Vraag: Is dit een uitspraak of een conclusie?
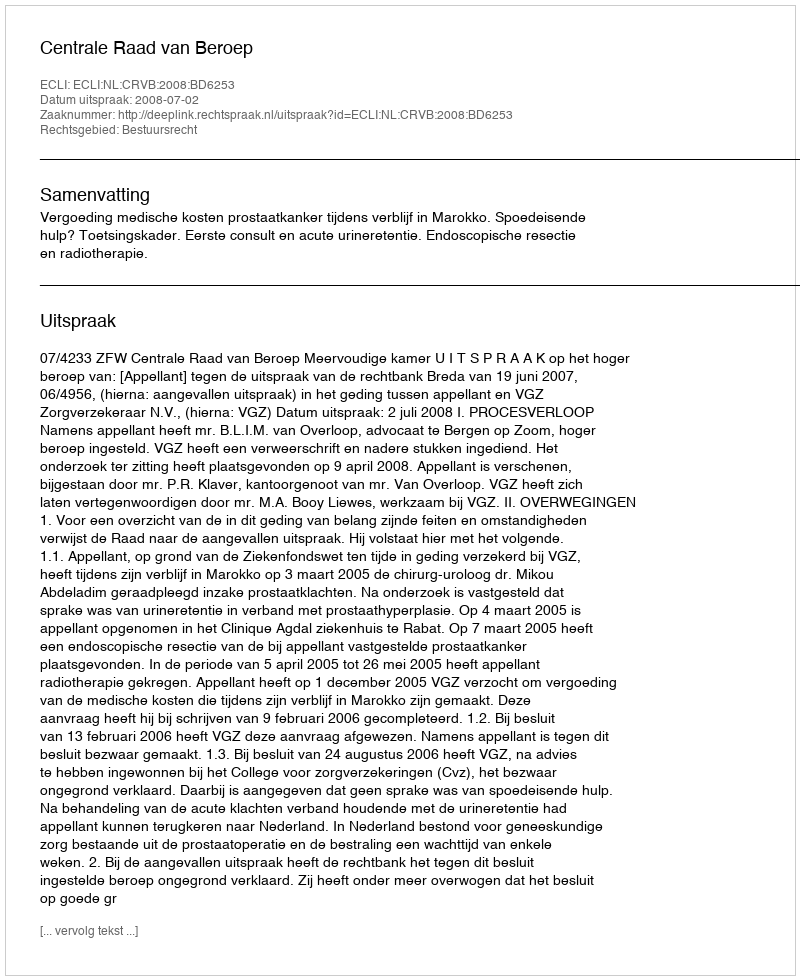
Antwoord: Uitspraak